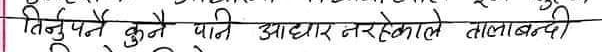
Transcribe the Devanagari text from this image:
तिर्नुपर्ने कुनै पानी आधार नरहेकाले तालाबन्दी